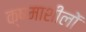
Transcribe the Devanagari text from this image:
क्षमाशीलों